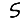
Digit: 5